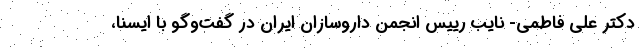
دکتر علی فاطمی- نایب رییس انجمن داروسازان ایران در گفت‌وگو با ایسنا،